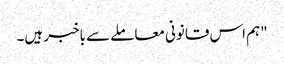
"ہم اس قانونی معاملے سے باخبر ہیں۔